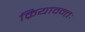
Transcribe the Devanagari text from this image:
क्रियावन्तः